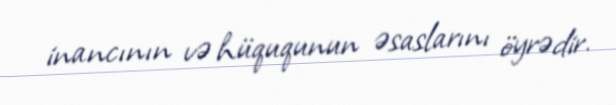
inancının və hüququnun əsaslarını öyrədir.